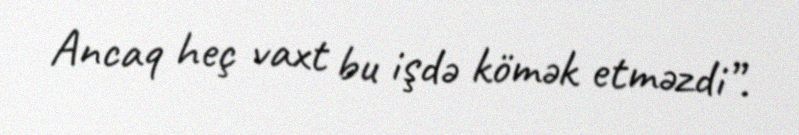
Ancaq heç vaxt bu işdə kömək etməzdi”.